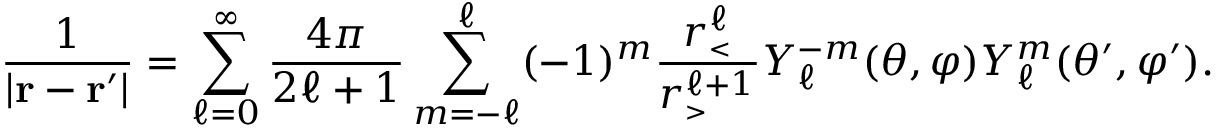
{ \frac { 1 } { | \mathbf { r } - \mathbf { r } ^ { \prime } | } } = \sum _ { \ell = 0 } ^ { \infty } { \frac { 4 \pi } { 2 \ell + 1 } } \sum _ { m = - \ell } ^ { \ell } ( - 1 ) ^ { m } { \frac { r _ { \scriptscriptstyle < } ^ { \ell } } { r _ { \scriptscriptstyle > } ^ { \ell + 1 } } } Y _ { \ell } ^ { - m } ( \theta , \varphi ) Y _ { \ell } ^ { m } ( \theta ^ { \prime } , \varphi ^ { \prime } ) .